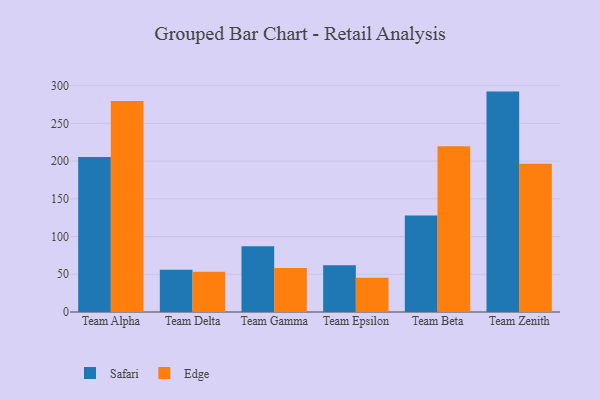
{"axis": {"x": "Team", "y": "Budget (USD K)"}, "legend": ["Edge", "Safari"], "data": [{"x": "Team Alpha", "y": 205.5, "type": "Safari"}, {"x": "Team Alpha", "y": 279.5, "type": "Edge"}, {"x": "Team Delta", "y": 56.0, "type": "Safari"}, {"x": "Team Delta", "y": 53.4, "type": "Edge"}, {"x": "Team Gamma", "y": 87.0, "type": "Safari"}, {"x": "Team Gamma", "y": 58.2, "type": "Edge"}, {"x": "Team Epsilon", "y": 61.9, "type": "Safari"}, {"x": "Team Epsilon", "y": 45.4, "type": "Edge"}, {"x": "Team Beta", "y": 127.8, "type": "Safari"}, {"x": "Team Beta", "y": 219.7, "type": "Edge"}, {"x": "Team Zenith", "y": 292.1, "type": "Safari"}, {"x": "Team Zenith", "y": 196.4, "type": "Edge"}]}